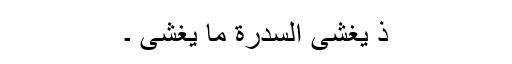
ِذْ یَغْشَی السِّدْرَةَ مَا یَغْشَی ۔